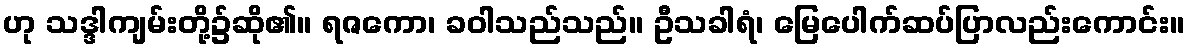
ဟု သဒ္ဒါကျမ်းတို့၌ဆို၏။ ရဇကော၊ ခဝါသည်သည်။ ဦသခါရံ၊ မြေပေါက်ဆပ်ပြာလည်းကောင်း။